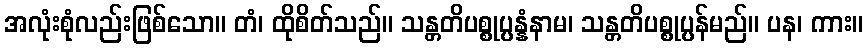
အလုံးစုံလည်းဖြစ်သော။ တံ၊ ထိုစိတ်သည်။ သန္တတိပစ္စုပ္ပန္နံနာမ၊ သန္တတိပစ္စုပ္ပန်မည်။ ပန၊ ကား။